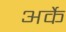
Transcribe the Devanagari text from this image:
अर्के